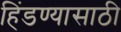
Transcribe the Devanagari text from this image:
हिंडण्यासाठी